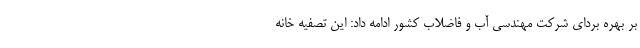
بر بهره بردای شرکت مهندسی آب و فاضلاب کشور ادامه داد: این تصفیه خانه